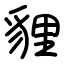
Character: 貍